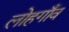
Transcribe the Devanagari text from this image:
लोहगाँव